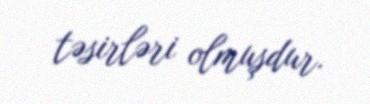
təsirləri olmuşdur.